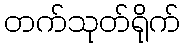
တက်သုတ်ရိုက်